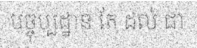
បច្ចុប្បដ្ឋាន តែ ដល់ ជា